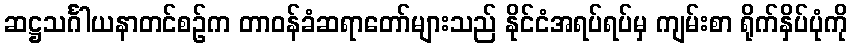
ဆဋ္ဌသင်္ဂါယနာတင်စဉ်က တာဝန်ခံဆရာတော်များသည် နိုင်ငံအရပ်ရပ်မှ ကျမ်းစာ ရိုက်နှိပ်ပုံကို